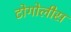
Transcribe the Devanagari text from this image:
टोगोलीस